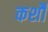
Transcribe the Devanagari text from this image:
कर्शौ